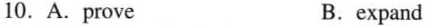
10.A.prove